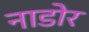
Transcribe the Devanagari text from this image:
नाडोर